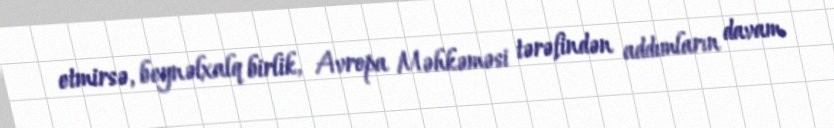
etmirsə, beynəlxalq birlik, Avropa Məhkəməsi tərəfindən addımların davam